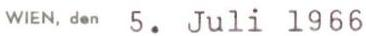
WIEN, den 5. Juli 1966